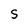
Character: S